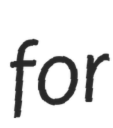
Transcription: for